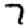
Digit: 7